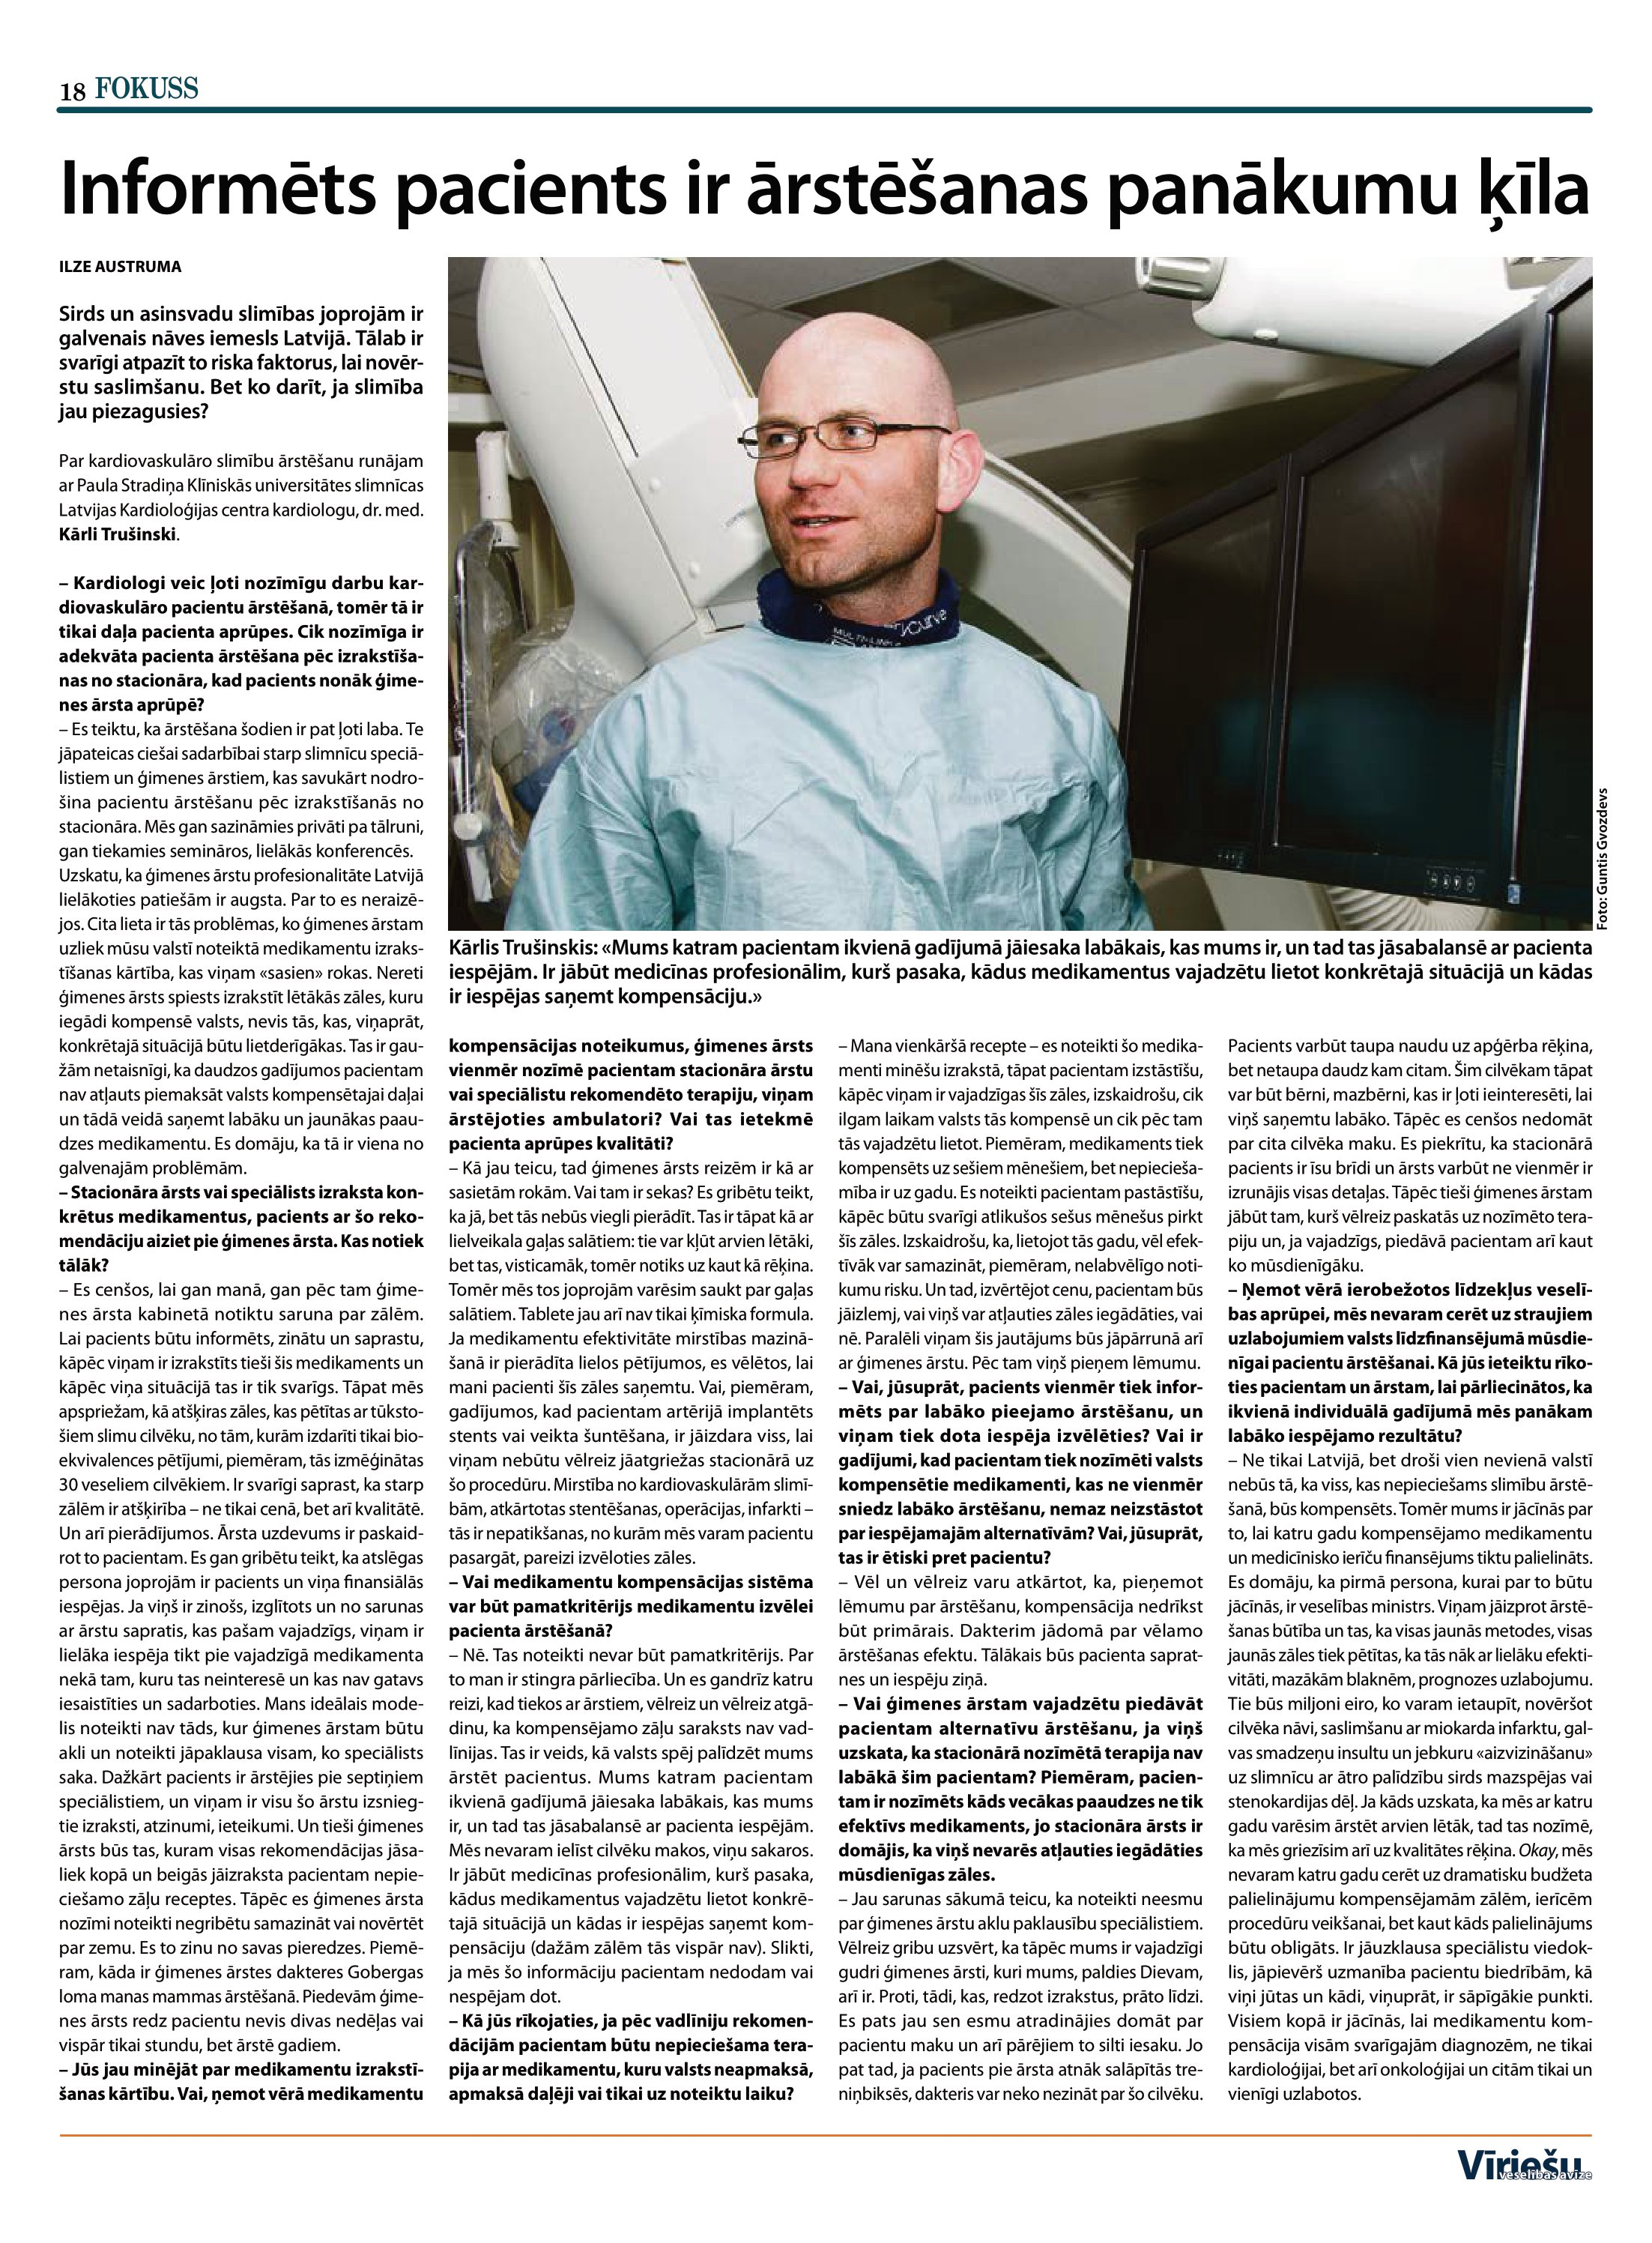
Language: lv